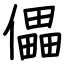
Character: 儡